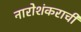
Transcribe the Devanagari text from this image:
नारोशंकराची